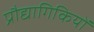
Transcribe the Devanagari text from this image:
प्रौद्यागिकियों